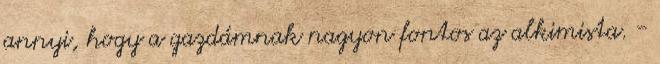
annyi, hogy a gazdámnak nagyon fontos az alkimista. -